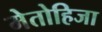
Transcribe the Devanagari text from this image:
मेतोहिजा